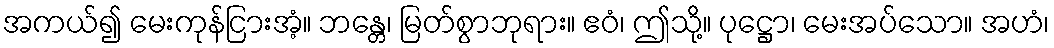
အကယ်၍ မေးကုန်ငြားအံ့။ ဘန္တေ၊ မြတ်စွာဘုရား။ ဧဝံ၊ ဤသို့။ ပုဋ္ဌော၊ မေးအပ်သော။ အဟံ၊